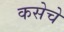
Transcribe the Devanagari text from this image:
कसेचे